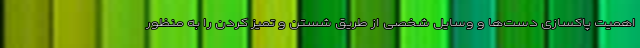
اهمیت پاکسازی دست‌ها و وسایل شخصی از طریق شستن و تمیز کردن را به منظور